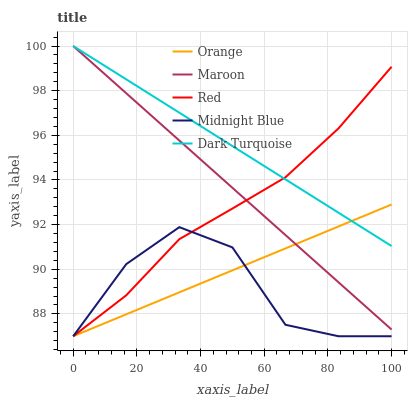
| xaxis_label | Orange | Maroon | Red | Midnight Blue | Dark Turquoise |
 | --- | --- | --- | --- | --- | --- |
 | 0 | 87 | 100 | 87 | 87 | 100 |
 | 16.7 | 88 | 97.9 | 88.8 | 90.2 | 98.5 |
 | 33.3 | 89 | 95.8 | 91.3 | 91.9 | 97 |
 | 50 | 90 | 93.7 | 92.7 | 91 | 95.5 |
 | 66.7 | 90.9 | 91.5 | 94.1 | 87.5 | 94 |
 | 83.3 | 91.9 | 89.4 | 96.3 | 87 | 92.5 |
 | 100 | 92.9 | 87.3 | 99.1 | 87 | 91 |